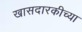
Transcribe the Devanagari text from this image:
खासदारकीच्या